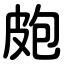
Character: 皰